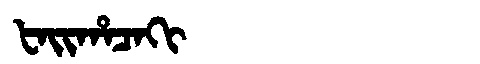
Manchu: ᡶᠠᡳᡥᠠᠴᠠᡴᡳ
Romanization: FAIHACAKI